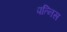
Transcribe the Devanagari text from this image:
पत्निस